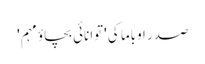
صدر اوباما کی 'توانائی بچاؤ مہم '